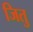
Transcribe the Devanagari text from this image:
जितु